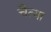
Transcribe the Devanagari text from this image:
चैत्या